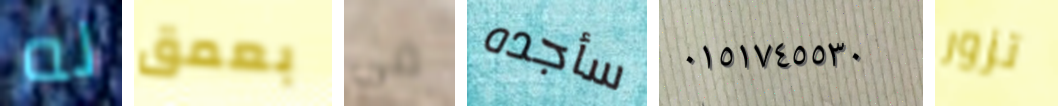
له بعمق فى سأجده ٠١٥١٧٤٥٥٣٠ تزور